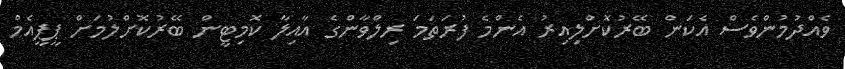
ވެއްދުމުންވެސް އެކަން ބޭރުކޮށްލިއިރު އެންމެ ފުރަތަމަ ރިލްވާންގެ އާއިލާ ކޮމިޓީން ބޭރުކޮށްލުމަށް ޕީޕީއެމް